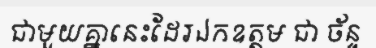
ជាមួយគ្នានេះដែរឯកឧត្តម ជា ច័ន្ទ